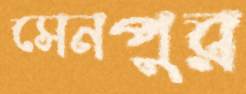
সেনপুর